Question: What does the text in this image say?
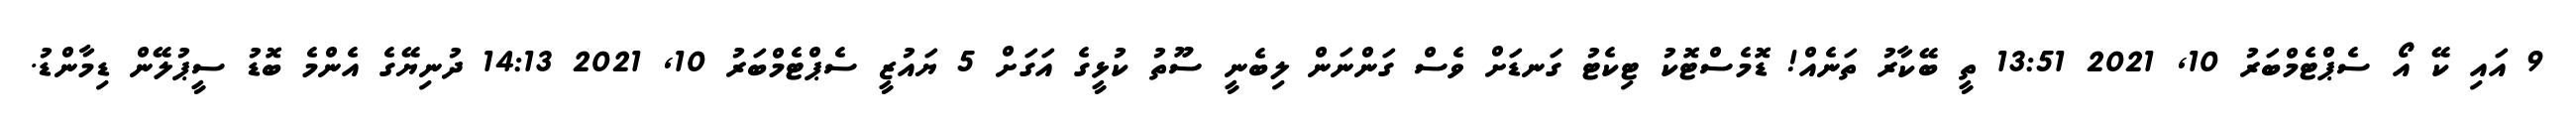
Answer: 9 އައި ކޭ އޯ ސެޕްޓެމްބަރު 10, 2021 13:51 ތީ ބޭކާރު ތަނެއް! ޑޮމެސްޓޮކު ޓިކެޓު ގަނޑަށް ވެސް ގަންނަން ލިބެނީ ސޫތު ކުޅީގެ އަގަށް 5 ޔައުޒީ ސެޕްޓެމްބަރު 10, 2021 14:13 ދުނިޔޭގެ އެންމެ ބޮޑު ސީޕުލޭން ޑިމާންޑު.